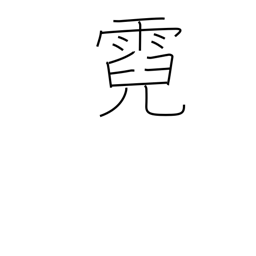
Meaning: rainbow